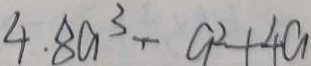
4 . 8 a ^ { 3 } - a ^ { 2 } + 4 a